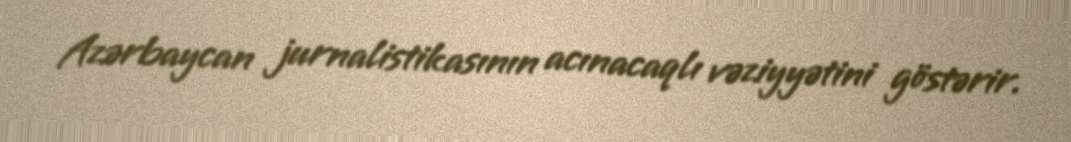
Azərbaycan jurnalistikasının acınacaqlı vəziyyətini göstərir.